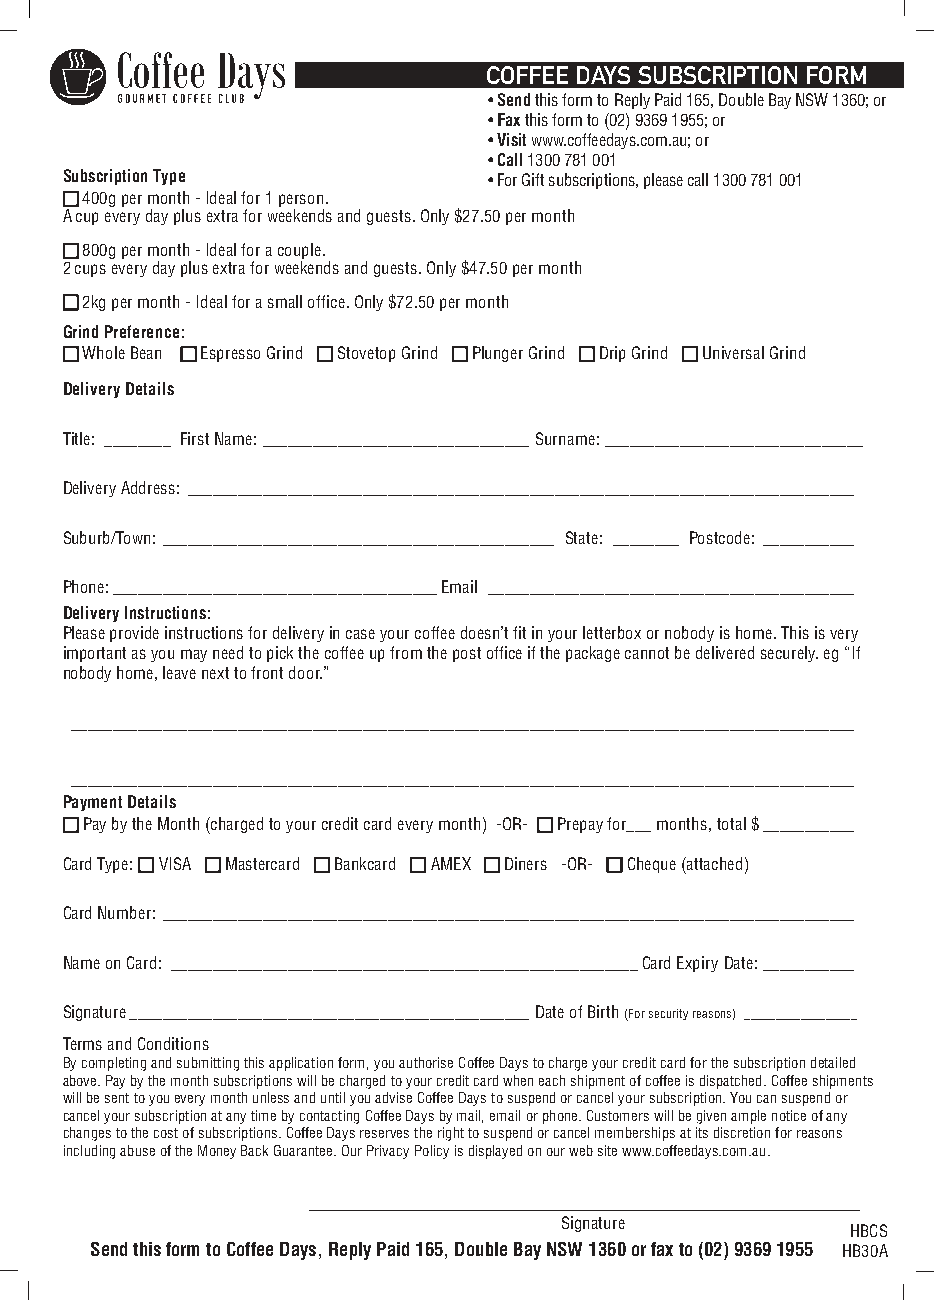
COFFEE DAYS SUBSCRIPTION FORM
 • Send this form to Reply Paid 165, Double Bay NSW 1360; or
 • Fax this form to (02) 9369 1955; or
 • Visit www.coffeedays.com.au; or
 • Call 1300 781 001
 Subscription Type           • For Gift subscriptions, please call 1300 781 001
 400g per month - Ideal for 1 person.
 A cup every day plus extra for weekends and guests. Only $27.50 per month
 800g per month - Ideal for a couple.
 2 cups every day plus extra for weekends and guests. Only $47.50 per month
 2kg per month - Ideal for a small office. Only $72.50 per month
 Grind Preference:
 Whole Bean Espresso Grind Stovetop Grind Plunger Grind Drip Grind Universal Grind
 Delivery Details
 Title: ________ First Name:________________________________Surname:_______________________________
 Delivery Address: ________________________________________________________________________________
 Suburb/Town: _______________________________________________ State: ________ Postcode: ___________
 Phone:_______________________________________Email ____________________________________________
 Delivery Instructions:
 Please provide instructions for delivery in case your coffee doesn’t fit in your letterbox or nobody is home. This is very
 important as you may need to pick the coffee up from the post office if the package cannot be delivered securely. eg “If
 nobody home, leave next to front door.”
 ______________________________________________________________________________________________
 ______________________________________________________________________________________________
 Payment Details
 Pay by the Month (charged to your credit card every month) -OR- Prepay for___ months, total $___________
 Card Type: VISA Mastercard Bankcard AMEX Diners -OR- Cheque (attached)
 Card Number: ___________________________________________________________________________________
 Name on Card: ________________________________________________________Card Expiry Date:___________
 Signature________________________________________________Date of Birth (For security reasons) __________________
 Terms and Conditions
 By completing and submitting this application form, you authorise Coffee Days to charge your credit card for the subscription detailed
 above. Pay by the month subscriptions will be charged to your credit card when each shipment of coffee is dispatched. Coffee shipments
 will be sent to you every month unless and until you advise Coffee Days to suspend or cancel your subscription. You can suspend or
 cancel your subscription at any time by contacting Coffee Days by mail, email or phone. Customers will be given ample notice of any
 changes to the cost of subscriptions. Coffee Days reserves the right to suspend or cancel memberships at its discretion for reasons
 including abuse of the Money Back Guarantee. Our Privacy Policy is displayed on our web site www.coffeedays.com.au.
 ____________________________________________
 Signature
 HBCS
 Send this form to Coffee Days, Reply Paid 165, Double Bay NSW 1360 or fax to (02) 9369 1955 HB30A